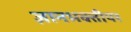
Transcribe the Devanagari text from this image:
ज्ञानभक्तीपर